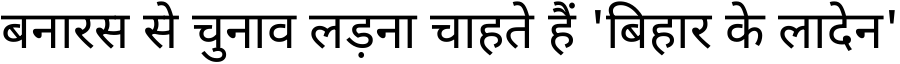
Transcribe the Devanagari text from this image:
बनारस से चुनाव लड़ना चाहते हैं 'बिहार के लादेन'